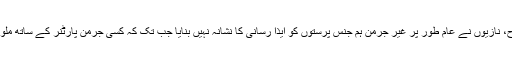
اسی طرح، نازیوں نے عام طور پر غیر جرمن ہم جنس پرستوں کو ایذا رسانی کا نشانہ نہیں بنایا جب تک کہ کسی جرمن پارٹنر کے ساتھ ملوث نہ ہو۔